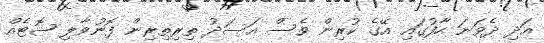
އަދި ދެވަނަ ހާފުގައި އޭގެ ކުރިން ވެސް އަސަދު ތިރިތިރިން ފޮނުވާލި ޝޮޓެއް